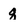
Character: q